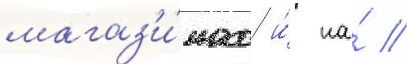
магаз'и́нах и́ на́ //